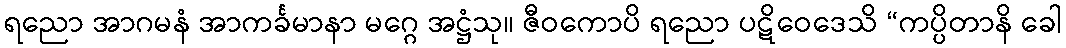
ရညော အာဂမနံ အာကင်္ခမာနာ မဂ္ဂေ အဋ္ဌံသု။ ဇီဝကောပိ ရညော ပဋိဝေဒေသိ “ကပ္ပိတာနိ ခေါ